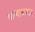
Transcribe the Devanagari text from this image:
कन्याळकर